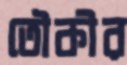
তৌকীর